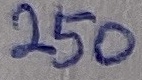
Text: 250